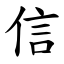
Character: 信